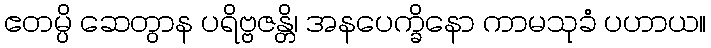
ဧတမ္ပိ ဆေတွာန ပရိဗ္ဗဇန္တိ၊ အနပေက္ခိနော ကာမသုခံ ပဟာယ။